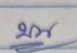
บน